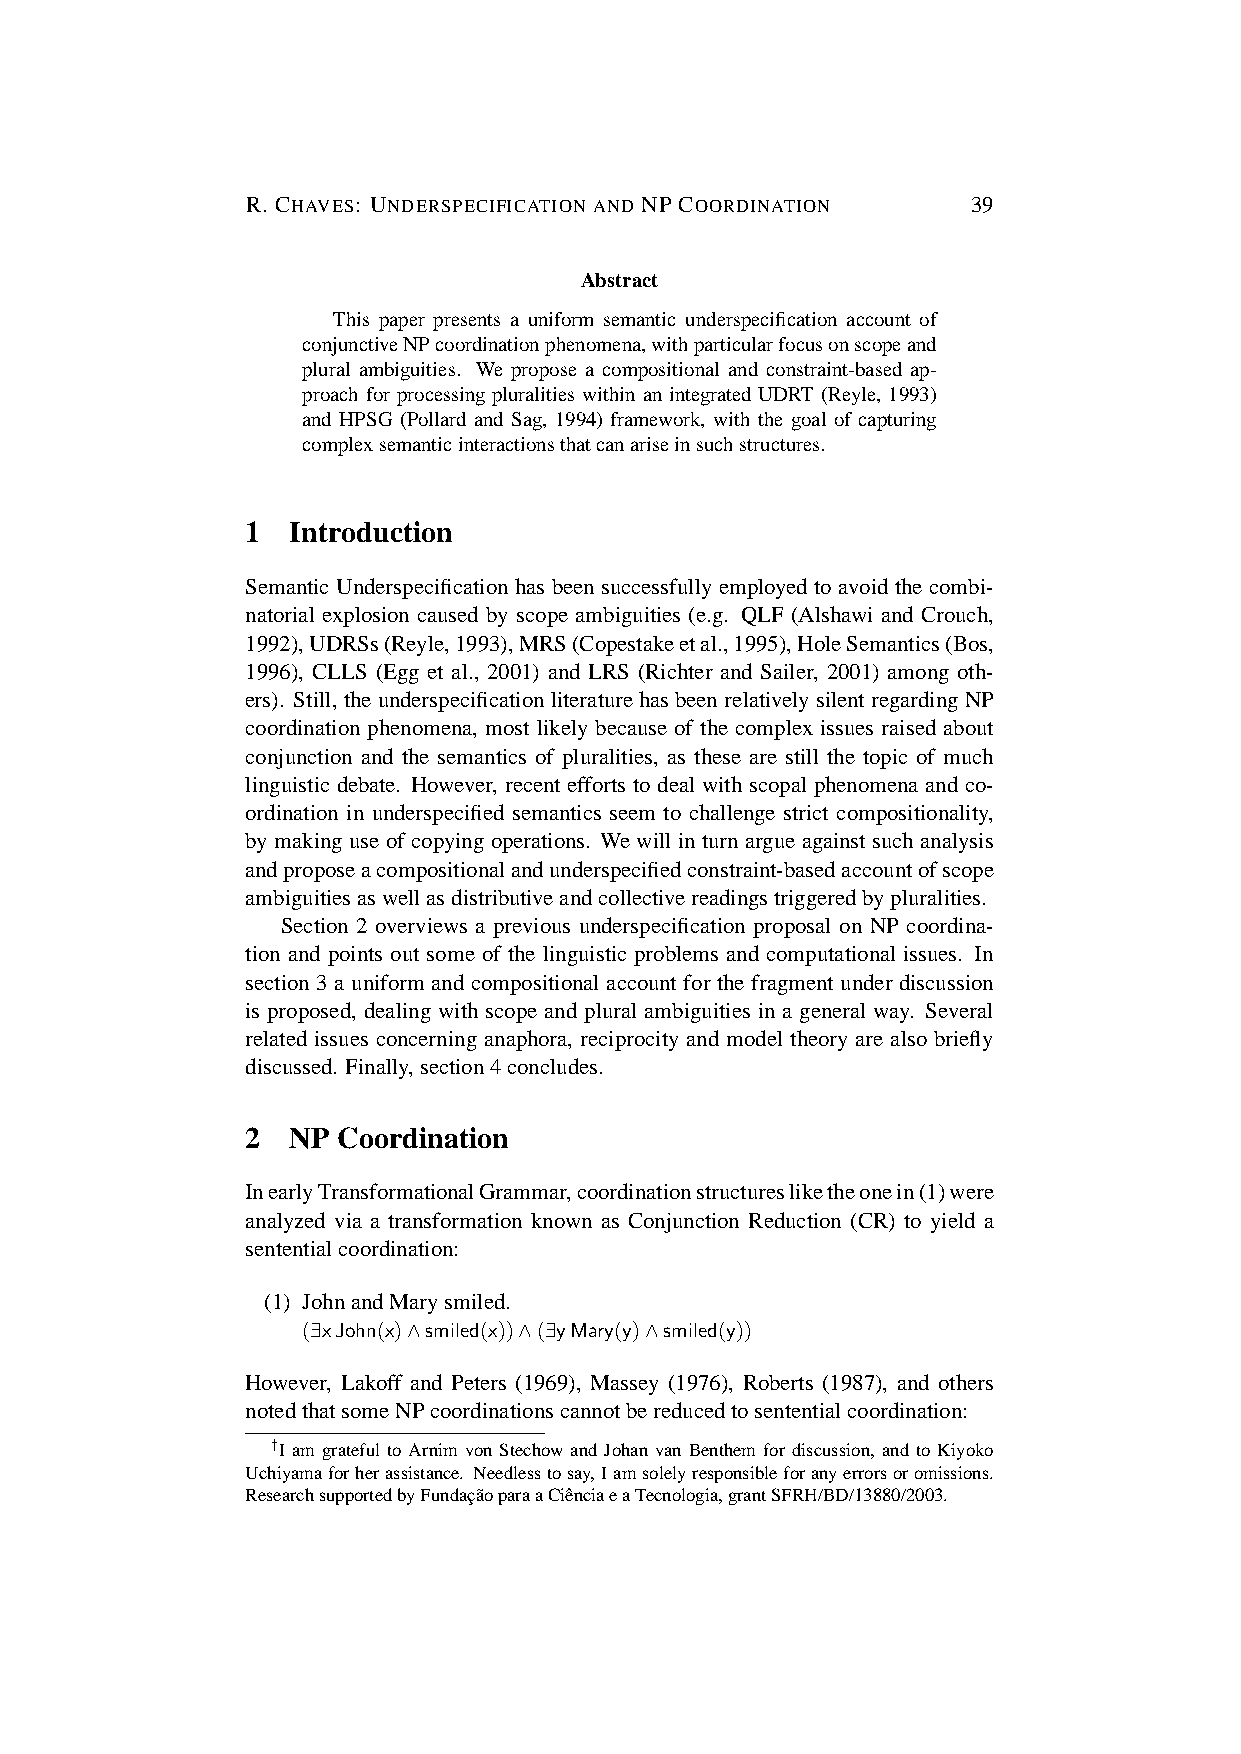
R. CHAVES: UNDERSPECIFICATION AND NP COORDINATION 39
 Abstract
 This paper presents a uniform semantic underspecification account of
 conjunctiveNPcoordinationphenomena,withparticularfocusonscopeand
 plural ambiguities. We propose a compositional and constraint-based ap-
 proach for processing pluralities within an integrated UDRT (Reyle, 1993)
 and HPSG (Pollard and Sag, 1994) framework, with the goal of capturing
 complexsemanticinteractionsthatcanariseinsuchstructures.
 1  Introduction
 Semantic Underspecification has been successfully employed to avoid the combi-
 natorial explosion caused by scope ambiguities (e.g. QLF (Alshawi and Crouch,
 1992),UDRSs(Reyle,1993),MRS(Copestakeetal.,1995),HoleSemantics(Bos,
 1996), CLLS (Egg et al., 2001) and LRS (Richter and Sailer, 2001) among oth-
 ers). Still, theunderspecificationliteraturehasbeenrelativelysilentregardingNP
 coordination phenomena, most likely because of the complex issues raised about
 conjunction and the semantics of pluralities, as these are still the topic of much
 linguistic debate. However, recent efforts to deal with scopal phenomena and co-
 ordination in underspecified semantics seem to challenge strict compositionality,
 by making use of copying operations. We will in turn argue against such analysis
 andproposeacompositionalandunderspecifiedconstraint-basedaccountofscope
 ambiguitiesaswellasdistributiveandcollectivereadingstriggeredbypluralities.
 Section 2 overviews a previous underspecification proposal on NP coordina-
 tion and points out some of the linguistic problems and computational issues. In
 section 3 a uniform and compositional account for the fragment under discussion
 is proposed, dealing with scope and plural ambiguities in a general way. Several
 related issues concerning anaphora, reciprocity and model theory are also briefly
 discussed. Finally,section4concludes.
 2  NP Coordination
 InearlyTransformationalGrammar,coordinationstructuresliketheonein(1)were
 analyzed via a transformation known as Conjunction Reduction (CR) to yield a
 sententialcoordination:
 (1) JohnandMarysmiled.
 (∃xJohn(x)∧smiled(x))∧(∃yMary(y)∧smiled(y))
 However, Lakoff and Peters (1969), Massey (1976), Roberts (1987), and others
 notedthatsomeNPcoordinationscannotbereducedtosententialcoordination:
 †I am grateful to Arnim von Stechow and Johan van Benthem for discussion, and to Kiyoko
 Uchiyamaforherassistance. Needlesstosay,Iamsolelyresponsibleforanyerrorsoromissions.
 ResearchsupportedbyFundac¸a˜oparaaCieˆnciaeaTecnologia,grantSFRH/BD/13880/2003.